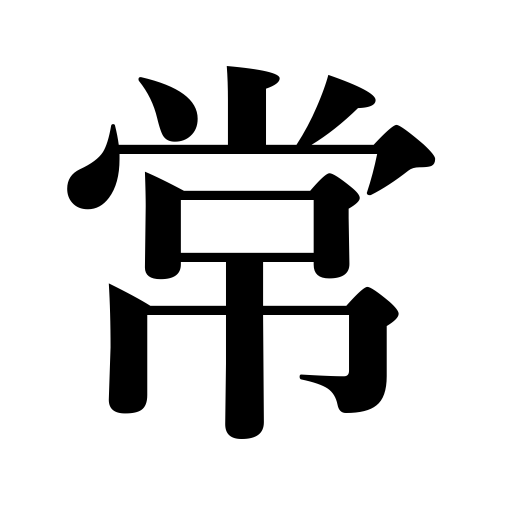
Meanings: one's habit,regular course of events,normal conditions,endless,ever